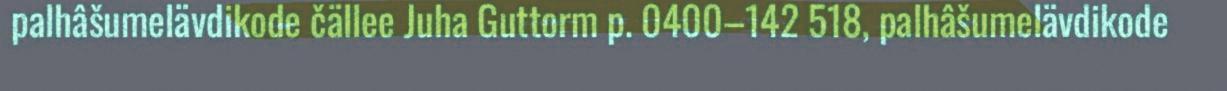
palhâšumelävdikode čällee Juha Guttorm p. 0400–142 518, palhâšumelävdikode